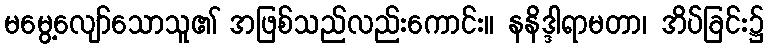
မမွေ့လျော်သောသူ၏ အဖြစ်သည်လည်းကောင်း။ နနိဒ္ဒါရာမတာ၊ အိပ်ခြင်း၌